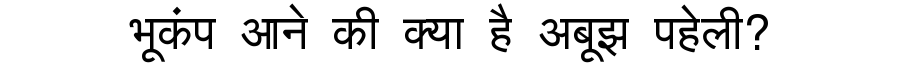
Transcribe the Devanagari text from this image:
भूकंप आने की क्या है अबूझ पहेली?